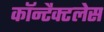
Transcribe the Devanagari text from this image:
कॉन्टैक्टलेस